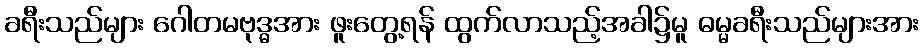
ခရီးသည်များ ဂေါတမဗုဒ္ဓအား ဖူးတွေ့ရန် ထွက်လာသည့်အခါ၌မူ ဓမ္မခရီးသည်များအား